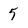
Character: 5